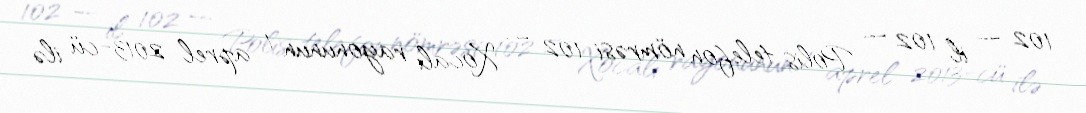
102 — il 102 — Polis telefon nömrəsi 102 — Xocalı rayonunun 1 aprel 2013-cü ilə